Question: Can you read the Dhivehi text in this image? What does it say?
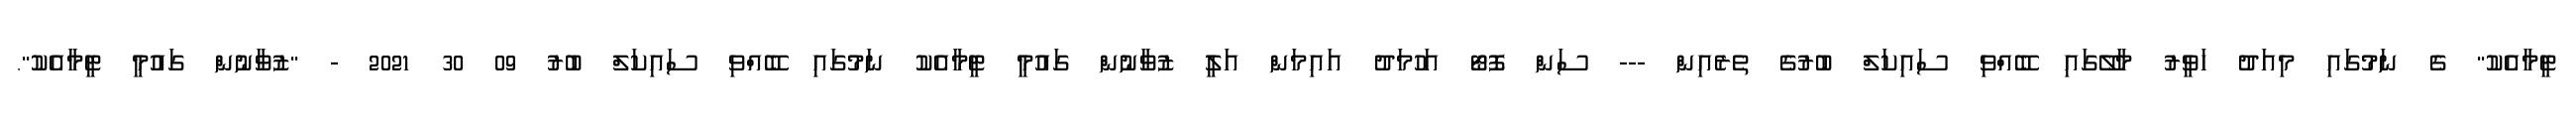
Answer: ޓީމާއެކު" ގެ ނަމުގައި މިއަދު ހަވީރު މާލޭގައި ބޭއްވި ސައިކަލް ބުރުގެ ތެރެއިން --- ސަން ފޮޓޯ އަހުމަދު އައިމަން އަލީ ޒުވާނުން ގައުމީ ޓީމާއެކު ނަމުގައި ބޭއްވި ސައިކަލް ބުރު 09 30 2021 - "ޒުވާނުން ގައުމީ ޓީމާއެކު".